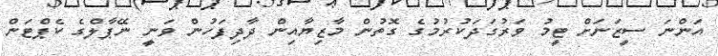
އަންނަ ސީޒަނަށް ޓީމު ވަރުގަދަކުރުމުގެ ގޮތުން މާޒިޔާއިން ދާދިފަހުން ވަނީ ނޭޕާލްގެ ކެޕްޓަން